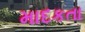
માદકતા